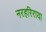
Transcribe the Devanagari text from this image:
नरहरिराया